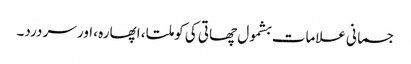
جسمانی علامات بشمول چھاتی کی کوملتا ، اپھارہ ، اور سر درد۔